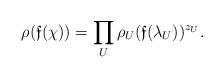
LaTeX: \begin{align*} \rho(\mathfrak{f}(\chi)) = \prod_U \rho_U(\mathfrak{f}(\lambda_U))^{z_U}. \end{align*}